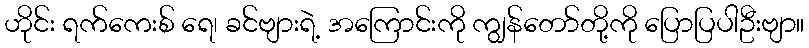
ဟိုင်း ရက်ကေးစ် ရေ၊ ခင်ဗျားရဲ့ အကြောင်းကို ကျွန်တော်တို့ကို ပြောပြပါဦးဗျာ။